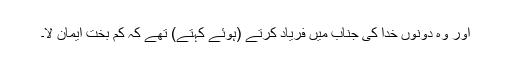
اور وہ دونوں خدا کی جناب میں فریاد کرتے (ہوئے کہتے) تھے کہ کم بخت ایمان لا۔